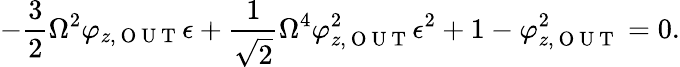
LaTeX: -\frac{3}{2}\Omega^{2}\varphi_{z,\mathrm{~O~U~T~}}\epsilon+\frac{1}{\sqrt{2}}\Omega^{4}\varphi_{z,\mathrm{~O~U~T~}}^{2}\epsilon^{2}+1-\varphi_{z,\mathrm{~O~U~T~}}^{2}=0.